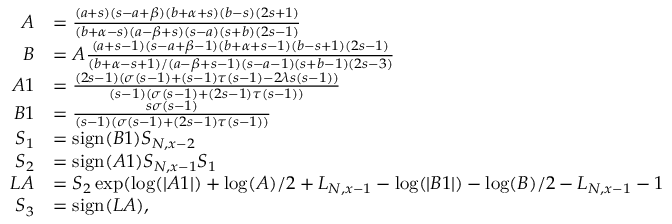
\begin{array} { r l } { A } & { = \frac { ( a + s ) ( s - a + \beta ) ( b + \alpha + s ) ( b - s ) ( 2 s + 1 ) } { ( b + \alpha - s ) ( a - \beta + s ) ( s - a ) ( s + b ) ( 2 s - 1 ) } } \\ { B } & { = A \frac { ( a + s - 1 ) ( s - a + \beta - 1 ) ( b + \alpha + s - 1 ) ( b - s + 1 ) ( 2 s - 1 ) } { ( b + \alpha - s + 1 ) / ( a - \beta + s - 1 ) ( s - a - 1 ) ( s + b - 1 ) ( 2 s - 3 ) } } \\ { A 1 } & { = \frac { ( 2 s - 1 ) ( \sigma ( s - 1 ) + ( s - 1 ) \tau ( s - 1 ) - 2 \lambda s ( s - 1 ) ) } { ( s - 1 ) ( \sigma ( s - 1 ) + ( 2 s - 1 ) \tau ( s - 1 ) ) } } \\ { B 1 } & { = \frac { s \sigma ( s - 1 ) } { ( s - 1 ) ( \sigma ( s - 1 ) + ( 2 s - 1 ) \tau ( s - 1 ) ) } } \\ { S _ { 1 } } & { = \mathrm { s i g n } ( B 1 ) S _ { N , x - 2 } } \\ { S _ { 2 } } & { = \mathrm { s i g n } ( A 1 ) S _ { N , x - 1 } S _ { 1 } } \\ { L A } & { = S _ { 2 } \exp ( \log ( \lvert A 1 \rvert ) + \log ( A ) / 2 + L _ { N , x - 1 } - \log ( \lvert B 1 \rvert ) - \log ( B ) / 2 - L _ { N , x - 1 } - 1 } \\ { S _ { 3 } } & { = \mathrm { s i g n } ( L A ) , } \end{array}